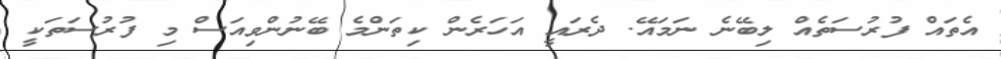
އެތައް ފުރުސަތެއް ލިބޭނެ ނަމައޭ. ދެރައީ އަހަރެން ކިތަންމެ ބޭނުންވިއަސް މި ފުރުސަތަކީ